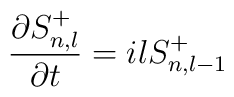
\frac{\partial S^+_{n,l}}{\partial t}=ilS^+_{n,l-1}